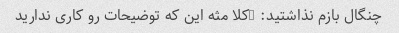
چنگال بازم نذاشتید: (کلا مثه این که توضیحات رو کاری ندارید